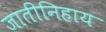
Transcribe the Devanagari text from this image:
जातीनिहाय